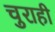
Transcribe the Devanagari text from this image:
चुराही